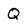
Character: Q